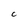
Character: C